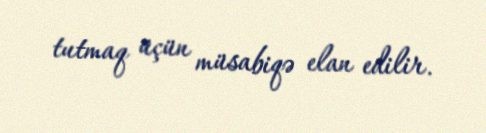
tutmaq üçün müsabiqə elan edilir.